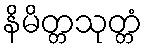
နိမိတ္တသုတ္တံ